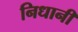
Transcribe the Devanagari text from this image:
निधानी